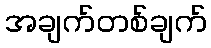
အချက်တစ်ချက်